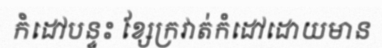
កំដៅបន្ទះ ខ្សែក្រវាត់កំដៅដោយមាន